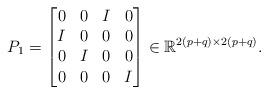
LaTeX: \begin{align*}P_1 = \begin{bmatrix}0 & 0 & I & 0 \\I & 0 & 0 &0 \\0 & I & 0 & 0 \\0 & 0 & 0 & I\end{bmatrix} \in \mathbb{R}^{2(p+q)\times 2(p+q)}.\end{align*}